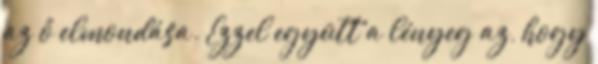
az ő elmondása. Ezzel együtt a lényeg az, hogy